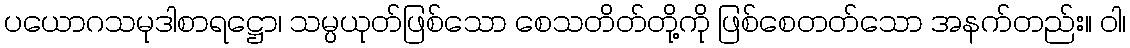
ပယောဂသမုဒါစာရဋ္ဌော၊ သမ္ပယုတ်ဖြစ်သော စေသတိတ်တို့ကို ဖြစ်စေတတ်သော အနက်တည်း။ ဝါ၊